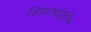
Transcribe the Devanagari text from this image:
डिक्ट्योटीन